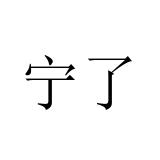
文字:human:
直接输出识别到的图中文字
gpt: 宁了